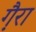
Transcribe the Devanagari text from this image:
गै़रा